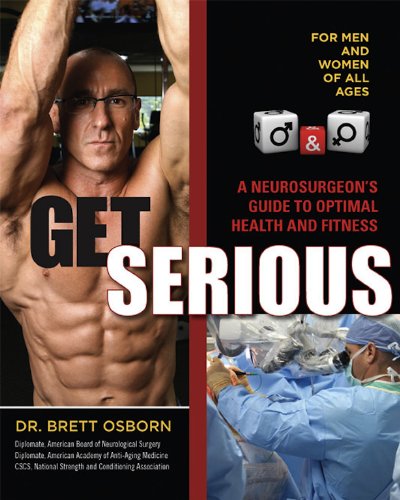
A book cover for Get Serious; Dr. Brett Osborn; Health, Fitness & Dieting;